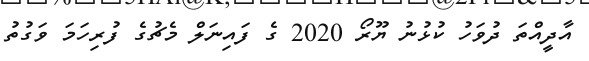
އާދީއްތަ ދުވަހު ކުޅުނު ޔޫރޯ 2020 ގެ ފައިނަލް މެޗުގެ ފުރިހަމަ ވަގުތު